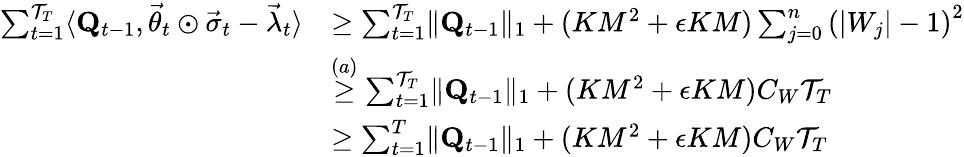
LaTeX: \begin{array}{rl}{\sum_{t=1}^{\mathcal T_{T}}\langle\mathbf Q_{t-1},\vec{\theta}_{t}\odot\vec{\sigma}_{t}-\vec{\lambda}_{t}\rangle}&{\ge\sum_{t=1}^{\mathcal T_{T}}\lVert\mathbf Q_{t-1}\rVert_{1}+(KM^{2}+\epsilon KM)\sum_{j=0}^{n}\left(\lvert W_{j}\rvert-1\right)^{2}}\\ &{\stackrel{(a)}\ge\sum_{t=1}^{\mathcal T_{T}}\lVert\mathbf Q_{t-1}\rVert_{1}+(KM^{2}+\epsilon KM)C_{W}\mathcal T_{T}}\\ &{\ge\sum_{t=1}^{T}\lVert\mathbf Q_{t-1}\rVert_{1}+(KM^{2}+\epsilon KM)C_{W}\mathcal T_{T}}\end{array}